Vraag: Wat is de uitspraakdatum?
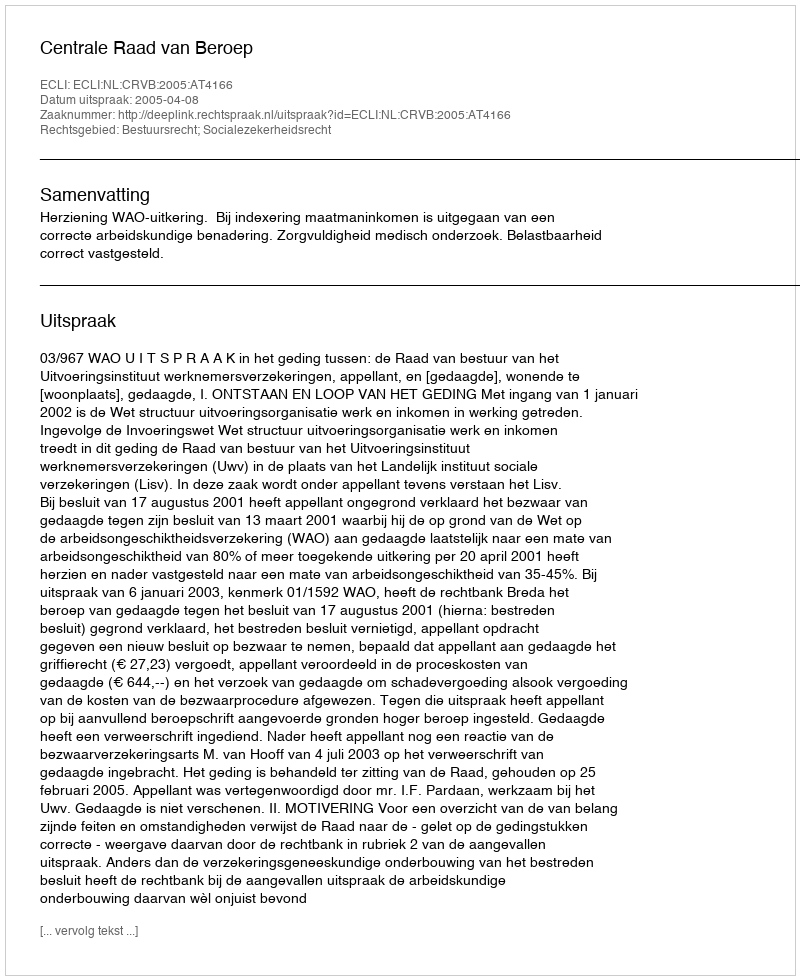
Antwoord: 2005-04-08